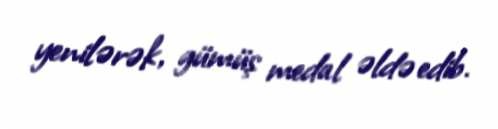
yenilərək, gümüş medal əldə edib.